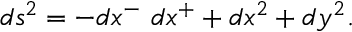
d s ^ { 2 } = - d x ^ { - } ~ d x ^ { + } + d x ^ { 2 } + d y ^ { 2 } .